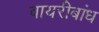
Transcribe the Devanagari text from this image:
वायरीबांध